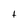
Character: t